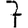
Digit: 7